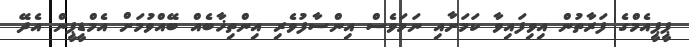
ޕީޕީއެމްގެ ފަރާތުން އިވިފައިވާ ކަމަށާއި ނަމަވެސް އިންސާފުވެރި އިންތިޚާބެއް ބޭއްވުމަށް އެމްޑީޕީން އެދޭ